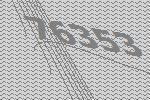
76353